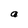
Character: a